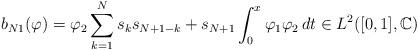
LaTeX: \begin{align*}b_{N1}(\varphi) = \varphi_2\sum_{k=1}^N s_ks_{N+1-k}+ s_{N+1}\int_0^x \varphi_1\varphi_2\,dt \in L^2([0,1],\mathbb{C}) \end{align*}